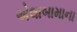
એલાબામાના